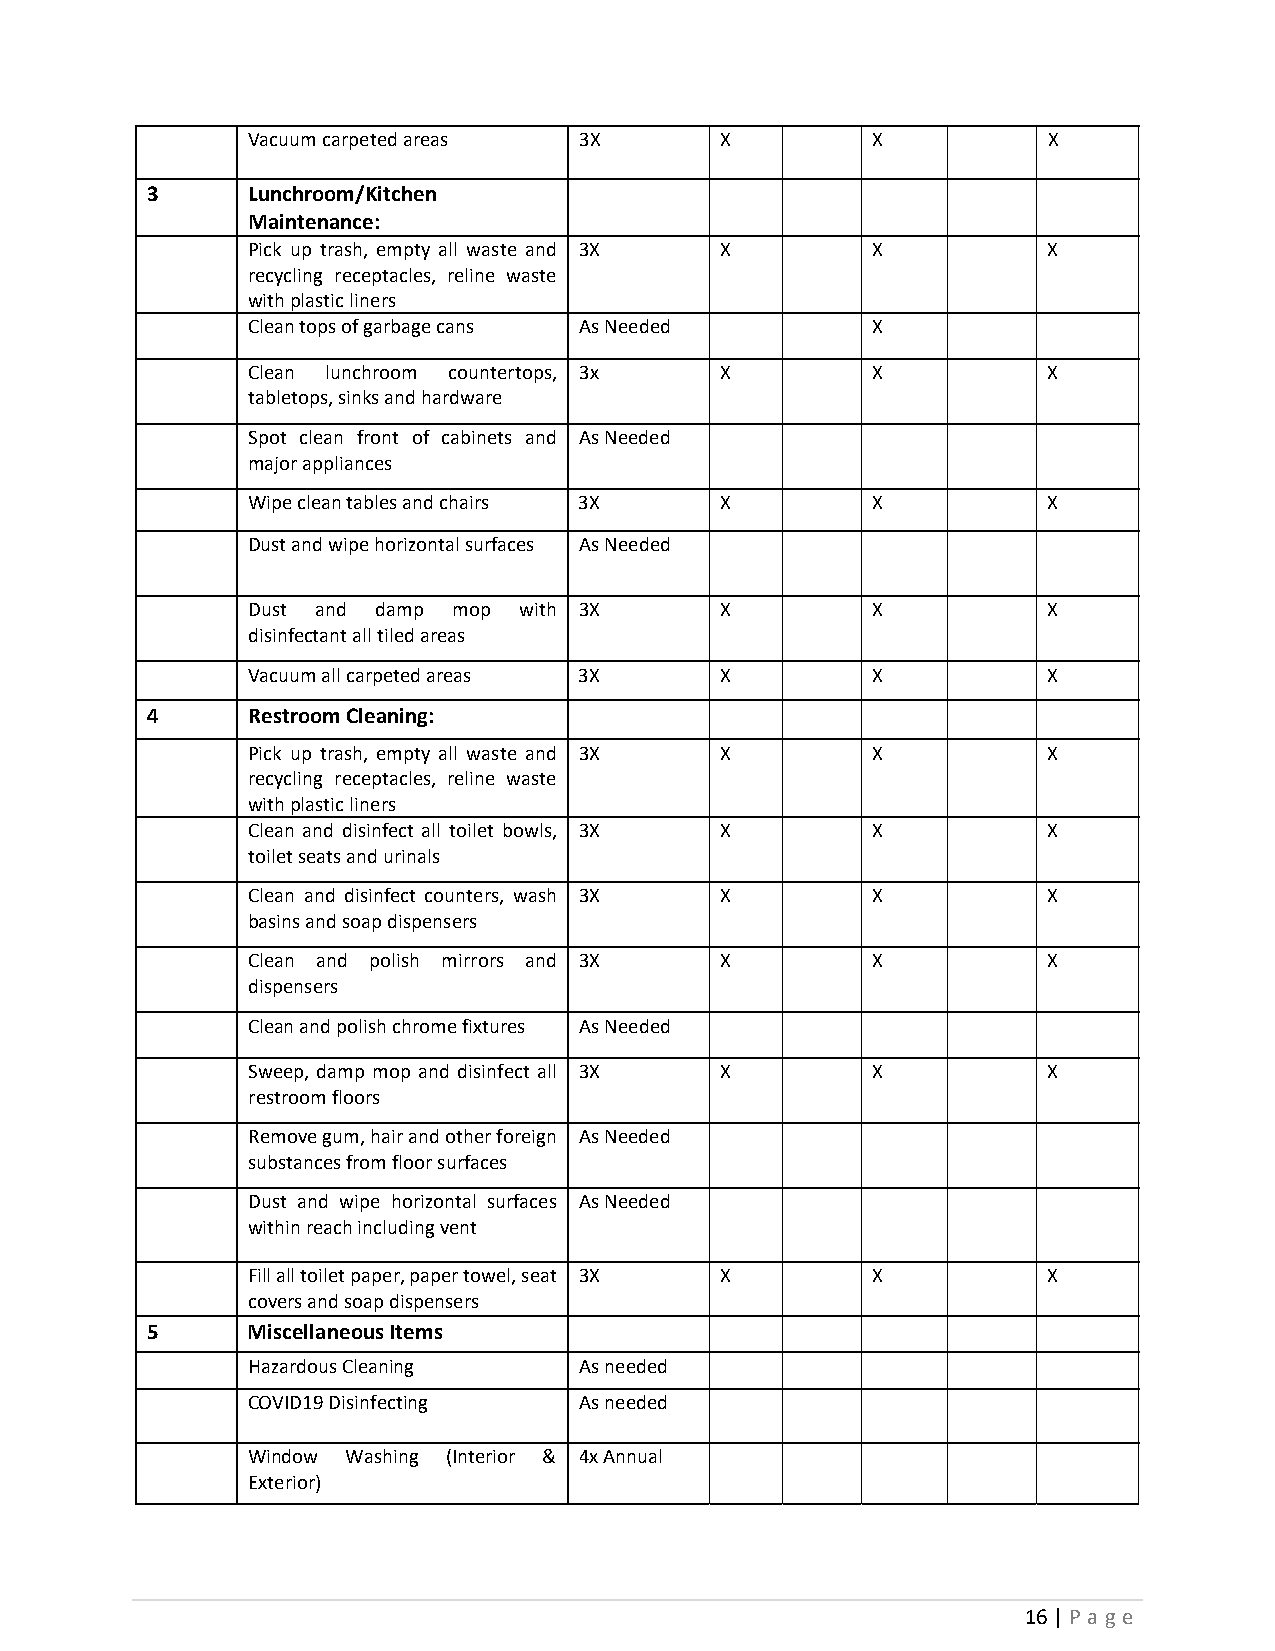
Vacuum carpeted areas 3X        X         X          X
 3     Lunchroom/Kitchen
 Maintenance:
 Pick up trash, empty all waste and 3X X   X          X
 recycling receptacles, reline waste
 with plastic liners
 Clean tops of garbage cans As Needed      X
 Clean lunchroom countertops, 3x X         X          X
 tabletops, sinks and hardware
 Spot clean front of cabinets and As Needed
 major appliances
 Wipe clean tables and chairs 3X X         X          X
 Dust and wipe horizontal surfaces As Needed
 Dust and damp mop with 3X       X         X          X
 disinfectant all tiled areas
 Vacuum all carpeted areas 3X    X         X          X
 4     Restroom Cleaning:
 Pick up trash, empty all waste and 3X X   X          X
 recycling receptacles, reline waste
 with plastic liners
 Clean and disinfect all toilet bowls, 3X X X         X
 toilet seats and urinals
 Clean and disinfect counters, wash 3X X   X          X
 basins and soap dispensers
 Clean and polish mirrors and 3X X         X          X
 dispensers
 Clean and polish chrome fixtures As Needed
 Sweep, damp mop and disinfect all 3X X    X          X
 restroom floors
 Remove gum, hair and other foreign As Needed
 substances from floor surfaces
 Dust and wipe horizontal surfaces As Needed
 within reach including vent
 Fill all toilet paper, paper towel, seat 3X X X      X
 covers and soap dispensers
 5     Miscellaneous Items
 Hazardous Cleaning    As needed
 COVID19 Disinfecting  As needed
 Window Washing (Interior & 4x Annual
 Exterior)
 16 | P a g e